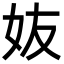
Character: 𡛀